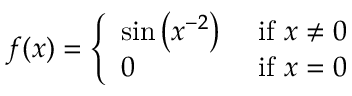
f ( x ) = { \left\{ \begin{array} { l l } { \sin \left( x ^ { - 2 } \right) } & { { \mathrm { ~ i f ~ } } x \neq 0 } \\ { 0 } & { { \mathrm { ~ i f ~ } } x = 0 } \end{array} \right. }